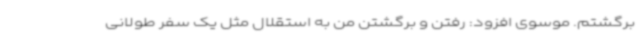
برگشتم. موسوی افزود: رفتن و برگشتن من به استقلال مثل یک سفر طولانی